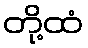
တို့ထံ